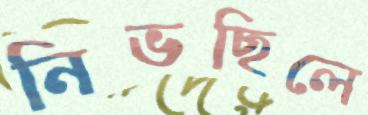
নিভছিলে